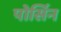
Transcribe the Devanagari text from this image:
पोर्सिन